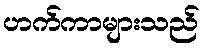
ဟက်ကာများသည်